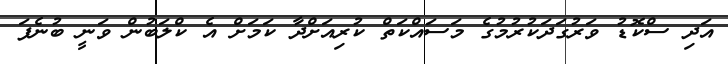
އަދި ސްކޮޑު ވަރުގަދަކުރުމުގެ މަސައްކަތް ކުރިއަށްދާ ކަމަށް އެ ކްލަބުން ވަނީ ބުނެފަ